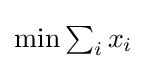
\textstyle \min \sum _{i}x_{i}